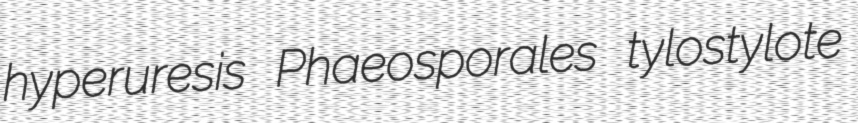
hyperuresis Phaeosporales tylostylote